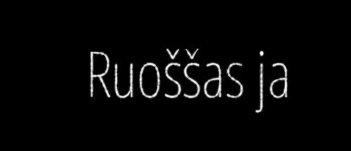
Ruoššas ja